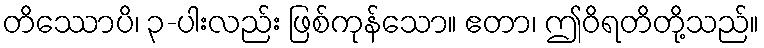
တိဿောပိ၊ ၃-ပါးလည်း ဖြစ်ကုန်သော။ ဧတာ၊ ဤဝိရတိတို့သည်။